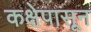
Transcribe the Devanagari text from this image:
कक्षेपासून